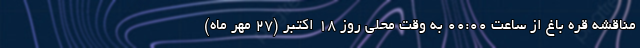
مناقشه قره باغ از ساعت ۰۰:۰۰ به وقت محلی روز ۱۸ اکتبر (۲۷ مهر ماه)